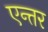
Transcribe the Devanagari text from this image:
एन्तर